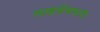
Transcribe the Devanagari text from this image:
लाइसेंसघारी